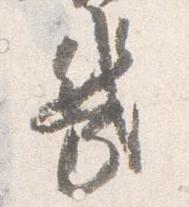
幾